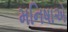
મનિષાએ